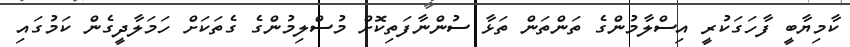
ކާމިޔާބީ ފާހަގަކުރީ އިސްލާމުންގެ ތަންތަން ތަޅާ ސުންނާފަތިކޮށް މުސްލިމުންގެ ގެތަކަށް ހަމަލާދީގެން ކަމުގައި